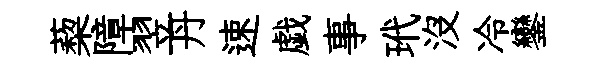
蔾障翌丹速戯事玳没冷鑾